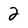
Character: 2